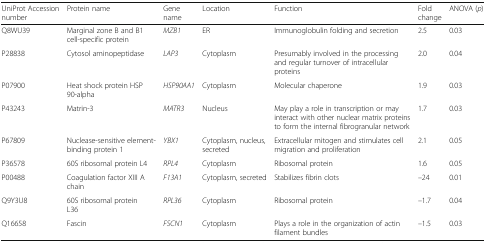
| UniProt Accession number | Protein name | Gene name | Location | Function | Fold change | ANOVA (p) |
 | --- | --- | --- | --- | --- | --- | --- |
 | Q8WU39 | Marginal zone B and B1 cell-specific protein | MZB1 | ER | Immunoglobulin folding and secretion | 2.5 | 0.03 |
 | P28838 | Cytosol aminopeptidase | LAP3 | Cytoplasm | Presumably involved in the processing and regular turnover of intracellular proteins | 2.0 | 0.04 |
 | P07900 | Heat shock protein HSP 90-alpha | HSP90AA1 | Cytoplasm | Molecular chaperone | 1.9 | 0.03 |
 | P43243 | Matrin-3 | MATR3 | Nucleus | May play a role in transcription or may interact with other nuclear matrix proteins to form the internal fibrogranular network | 1.7 | 0.03 |
 | P67809 | Nuclease-sensitive element-binding protein 1 | YBX1 | Cytoplasm, nucleus, secreted | Extracellular mitogen and stimulates cell migration and proliferation | 2.1 | 0.05 |
 | P36578 | 60S ribosomal protein L4 | RPL4 | Cytoplasm | Ribosomal protein | 1.6 | 0.05 |
 | P00488 | Coagulation factor XIII A chain | F13A1 | Cytoplasm, secreted | Stabilizes fibrin clots | –24 | 0.01 |
 | Q9Y3U8 | 60S ribosomal protein L36 | RPL36 | Cytoplasm | Ribosomal protein | –1.7 | 0.04 |
 | Q16658 | Fascin | FSCN1 | Cytoplasm | Plays a role in the organization of actin filament bundles | –1.5 | 0.03 |